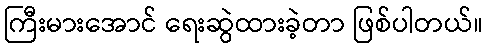
ကြီးမားအောင် ရေးဆွဲထားခဲ့တာ ဖြစ်ပါတယ်။